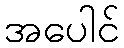
အပေါင်